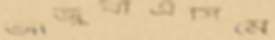
আজুবাএসিমে